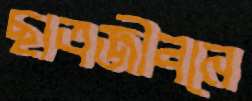
ছাত্রজীবনে